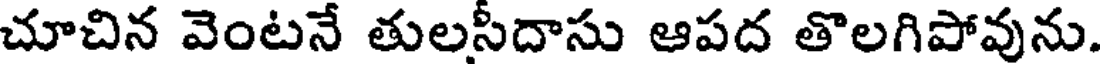
చూచిన వెంటనే తులసీదాసు ఆపద తొలగిపోవును.